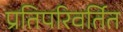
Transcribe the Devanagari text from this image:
प्रतिपरिवर्तित